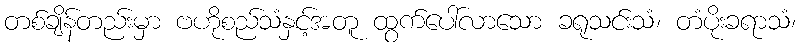
တစ်ချိန်တည်းမှာ ဗဟိုစည်သံနှင့်အတူ ထွက်ပေါ်လာသော ခရုသင်းသံ၊ တံပိုးခရာသံ၊